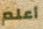
أعلم